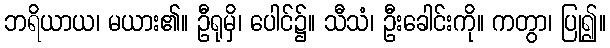
ဘရိယာယ၊ မယား၏။ ဦရုမှိ၊ ပေါင်၌။ သီသံ၊ ဦးခေါင်းကို။ ကတွာ၊ ပြု၍။